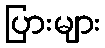
ပြားများ